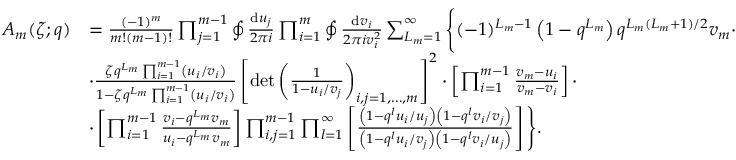
\begin{array} { r l } { A _ { m } ( \zeta ; q ) } & { = \frac { ( - 1 ) ^ { m } } { m ! ( m - 1 ) ! } \prod _ { j = 1 } ^ { m - 1 } \oint \frac { { \mathrm { d } } u _ { j } } { 2 \pi i } \prod _ { i = 1 } ^ { m } \oint \frac { { \mathrm { d } } v _ { i } } { 2 \pi i v _ { i } ^ { 2 } } \sum _ { L _ { m } = 1 } ^ { \infty } \Bigg \{ ( - 1 ) ^ { L _ { m } - 1 } \left( 1 - q ^ { L _ { m } } \right) q ^ { L _ { m } ( L _ { m } + 1 ) / 2 } v _ { m } \cdot } \\ & { \cdot \frac { \zeta q ^ { L _ { m } } \prod _ { i = 1 } ^ { m - 1 } \left( u _ { i } / v _ { i } \right) } { 1 - \zeta q ^ { L _ { m } } \prod _ { i = 1 } ^ { m - 1 } \left( u _ { i } / v _ { i } \right) } \left[ \operatorname* { d e t } \left( \frac { 1 } { 1 - u _ { i } / v _ { j } } \right) _ { i , j = 1 , \dots , m } \right] ^ { 2 } \cdot \left[ \prod _ { i = 1 } ^ { m - 1 } \frac { v _ { m } - u _ { i } } { v _ { m } - v _ { i } } \right] \cdot } \\ & { \cdot \left[ \prod _ { i = 1 } ^ { m - 1 } \frac { v _ { i } - q ^ { L _ { m } } v _ { m } } { u _ { i } - q ^ { L _ { m } } v _ { m } } \right] \prod _ { i , j = 1 } ^ { m - 1 } \prod _ { l = 1 } ^ { \infty } \left[ \frac { \left( 1 - q ^ { l } u _ { i } / u _ { j } \right) \left( 1 - q ^ { l } v _ { i } / v _ { j } \right) } { \left( 1 - q ^ { l } u _ { i } / v _ { j } \right) \left( 1 - q ^ { l } v _ { i } / u _ { j } \right) } \right] \Bigg \} . } \end{array}